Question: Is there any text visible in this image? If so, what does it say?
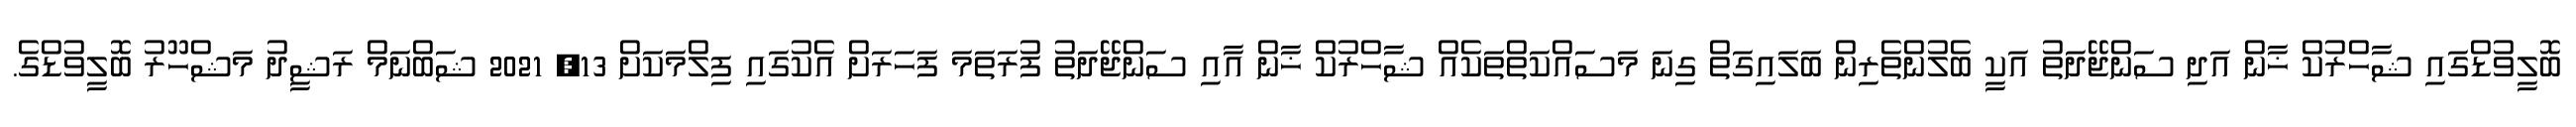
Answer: ބޮލީވުޑްގައި ޝާހްރުކް ޚާން އަދި ސަންޖޭދަތު އަކީ ބެލުންތެރިން ބަލައިގަތް ގިނަ މަސައްކަތްތަކެއް ޝާހްރުކް ޚާން އާއި ސަންޖޭދަތު ފުރަތަމަ ފަހަރަށް އެކުގައި ފިލްމަކަށް 13, 2021 ޝަބްނަމް ރަޝީދު މަޝްހޫރު ބޮލީވުޑްގެ.